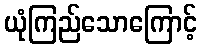
ယုံကြည်သောကြောင့်